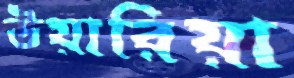
উয়ারিয়া